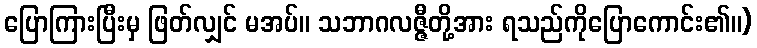
ပြောကြားပြီးမှ ဖြတ်လျှင် မအပ်။ သဘာဂလဇ္ဇီတို့အား ရသည်ကိုပြောကောင်း၏။)